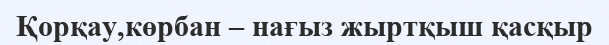
Қорқау,көрбан – нағыз жыртқыш қасқыр